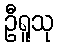
ဦရူသု